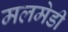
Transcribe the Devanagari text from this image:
मलमेडी